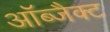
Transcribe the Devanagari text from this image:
ऑब्जैक्ट